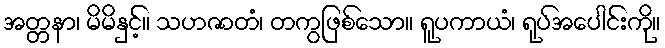
အတ္တနာ၊ မိမိနှင့်။ သဟဇာတံ၊ တကွဖြစ်သော။ ရူပကာယံ၊ ရုပ်အပေါင်းကို။